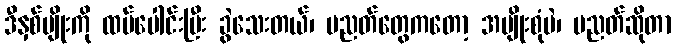
ဒီနှစ်မျိုးကို ထပ်ပေါင်းပြီး ခွဲသေးတယ်၊ ပညတ်တွေကတော့ အမျိုးစုံပဲ၊ ပညတ်ဆိုတာ